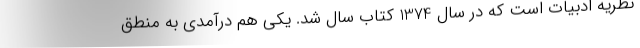
نظریه ادبیات است که در سال 1374 کتاب سال شد. یکی هم درآمدی به منطق